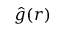
{ \hat { g } } ( { \boldsymbol { r } } )